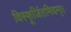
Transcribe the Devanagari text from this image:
विस्फूर्जितमिदम्।।